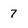
Character: 7